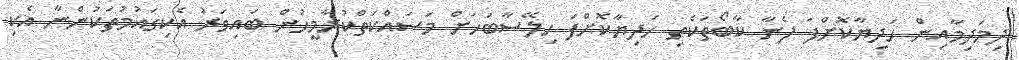
ދިމަދިމާއިން ހަދިޔާކޮށްފަ ފެނާ ކާބޯތަކެތި ހަދިޔާކޮށްފަ ހިލޭސާބަހަށް މަސައްކަތްކުރާމީހުން ބައިވަރު އެކިގައުމުތަކުންނާ އެކި